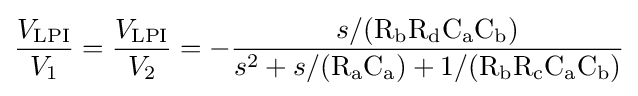
{\frac {V_{\mathrm {LPI} }}{V_{\mathrm {1} }}}={\frac {V_{\mathrm {LPI} }}{V_{\mathrm {2} }}}=-{\frac {s/({\mathrm {R_{b}} \mathrm {R_{d}} \mathrm {C_{a}} \mathrm {C_{b}} })}{s^{2}+s/({\mathrm {R_{a}} \mathrm {C_{a}} })+1/({\mathrm {R_{b}} \mathrm {R_{c}} \mathrm {C_{a}} \mathrm {C_{b}} })}}